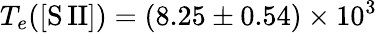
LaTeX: T_{e}(\mathrm{[S\, II]})=(8.25\pm 0.54)\times 10^{3}